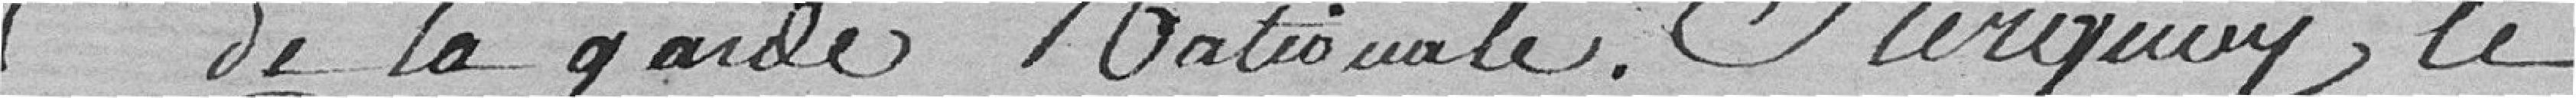
de la garde nationale.        le